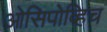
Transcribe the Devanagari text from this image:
ओसिपोव्हिच